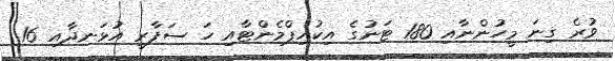
ވުރެ ގިނަ މީހުންނާއި 180 ޓަނުގެ އިކުއިޕްމެންޓާއި ހަ ސަފާރީ އުޅަނދާއި 16